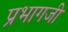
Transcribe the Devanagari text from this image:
प्रभागजी